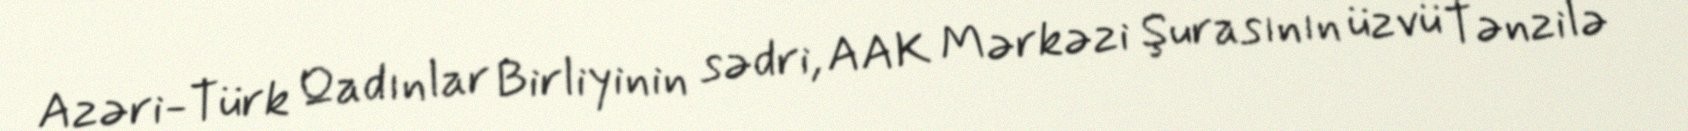
Azəri-Türk Qadınlar Birliyinin sədri, AAK Mərkəzi Şurasının üzvü Tənzilə